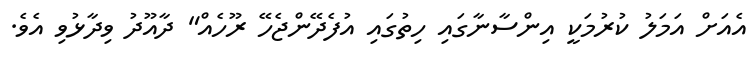
އެއަށް އަމަލު ކުރުމަކީ އިންސާނާގައި ހިތުގައި އުފެދޭންޖެހޭ ރޫހެއް" ދާއޫދު ވިދާޅުވި އެވެ.